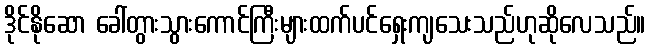
ဒိုင်နိုဆော ခေါ်တွားသွားကောင်ကြီးများထက်ပင်ရှေးကျသေးသည်ဟုဆိုလေသည်။